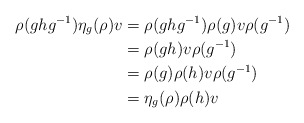
\begin{align*} \rho(g h g^{-1}) \eta_g(\rho) v &= \rho(g h g^{-1}) \rho(g) v \rho(g^{-1}) \\ &= \rho(g h) v \rho(g^{-1}) \\ &= \rho(g) \rho(h) v \rho(g^{-1}) \\ &= \eta_g(\rho) \rho(h) v \end{align*}